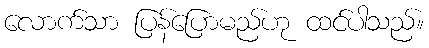
လောက်သာ ပြန်ပြောမည်ဟု ထင်ပါသည်။